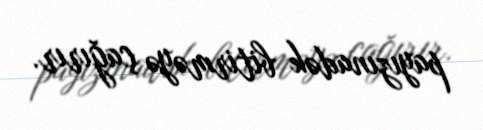
payızınadək bitirməyə çağırır.